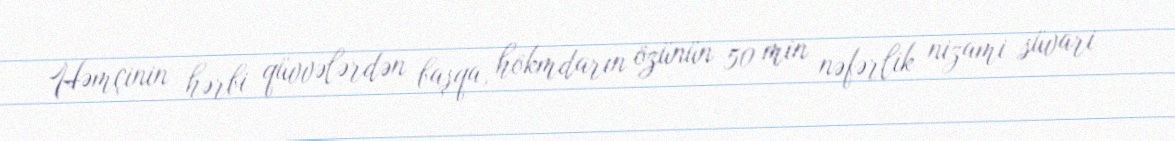
Həmçinin hərbi qüvvələrdən başqa, hökmdarın özünün 50 min nəfərlik nizami süvari